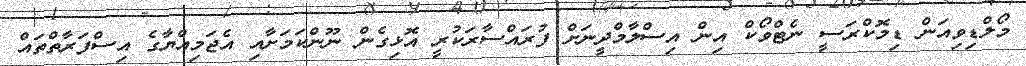
މޯލްޑިވިއަން ޑިމޮކްރަސީ ނެޓްވޯކް އިން އިސްލާމްދީނަށް ފުރައްސާރަކުރީ އޮޅިގެން ނޫންކަމަށާއި އެޖަމިއްޔާގެ އިސްފަރާތްތައް